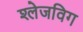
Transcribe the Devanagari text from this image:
श्लेजविग